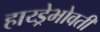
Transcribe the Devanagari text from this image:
हाय्ड्रेभोवती